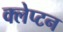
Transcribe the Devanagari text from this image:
क्लेप्टन